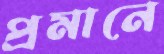
প্রমানে